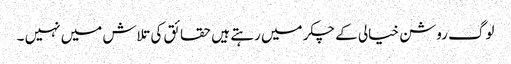
لوگ روشن خیالی کے چکر میں رہتے ہیں حقائق کی تلاش میں نہیں ۔